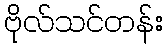
ဗိုလ်သင်တန်း